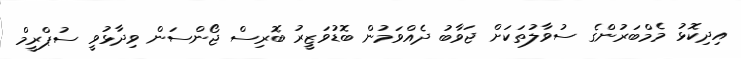
އިދިކޮޅު މެމްބަރުންގެ ސުވާލުތަކަށް ޖަވާބު ދެއްވަމުން ބޮޑުވަޒީރު ބޮރިސް ޖޯންސަން ވިދާޅުވީ ސުޕްރީމް